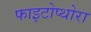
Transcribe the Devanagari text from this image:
फाइटोप्थोरा